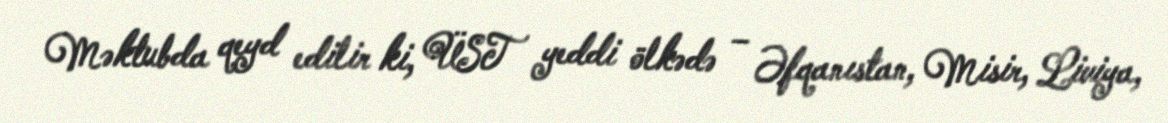
Məktubda qeyd edilir ki, ÜST yeddi ölkədə – Əfqanıstan, Misir, Liviya,